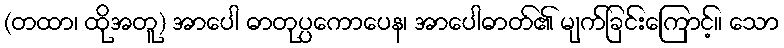
(တထာ၊ ထိုအတူ) အာပေါ ဓာတုပ္ပကောပေန၊ အာပေါဓာတ်၏ မျက်ခြင်းကြောင့်။ သော